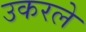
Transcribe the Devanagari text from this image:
उकरले